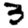
Digit: 3